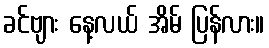
ခင်ဗျား နေ့လယ် အိမ် ပြန်လား။